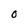
Character: O